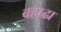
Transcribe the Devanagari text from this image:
बहाढा